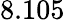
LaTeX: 8.105